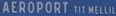
"AÉROPORT